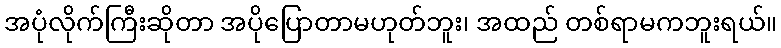
အပုံလိုက်ကြီးဆိုတာ အပိုပြောတာမဟုတ်ဘူး၊ အထည် တစ်ရာမကဘူးရယ်။